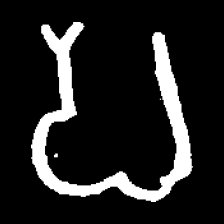
Pyu character \u2014 Myanmar letter: ပ (romanized: pa)